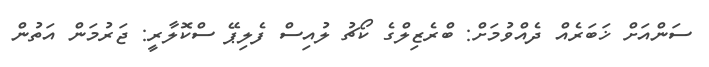
ސަންއަށް ޚަބަރެއް ދެއްވުމަށް: ބްރެޒިލްގެ ކޯޗު ލުއިސް ފެލިޕޭ ސްކޮލާރީ: ޖަރުމަން އަތުން